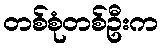
တစ်စုံတစ်ဦးက